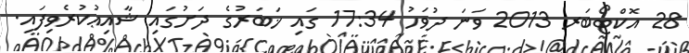
28 އޮކްޓޯބަރ 2013 ވަނަ ދުވަހު 17:34 ގައި ޚަބަރުގެ ދަށުގައި ޝާއިޢުކުރެވިފައި.